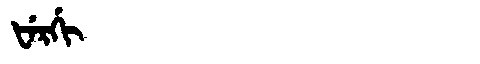
Manchu: ᡶᡝᡵᡤᡳ
Romanization: FERGI